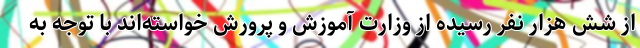
از شش هزار نفر رسیده از وزارت آموزش و پرورش خواسته‌اند با توجه به